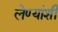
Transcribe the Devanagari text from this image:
लेण्यांशी